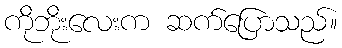
ကိုဘိုးလေးက ဆက်ပြောသည်။